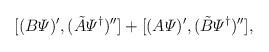
\begin{align*}[(B{\mit\Psi})',(\tilde{A}{\mit\Psi}^\dagger)'']+[(A{\mit\Psi})',(\tilde{B}{\mit\Psi}^\dagger)''], \end{align*}